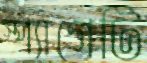
স্প্যাগেটি